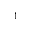
^ { 1 }